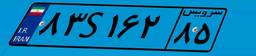
۸۳S۱۶۲۸۵